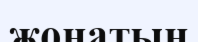
жонатын